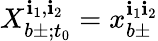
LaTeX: X_{b\pm;t_{0}}^{\mathbf{i}_{1},\mathbf{i}_{2}}=x_{b\pm}^{\mathbf{i}_{1}\mathbf{i}_{2}}